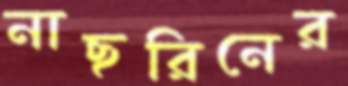
নাছরিনের